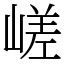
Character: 嵯